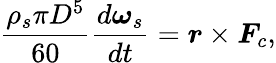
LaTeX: \frac{\rho_{s}\pi D^{5}}{60}\frac{d\boldsymbol{\omega}_{s}}{dt}=\boldsymbol{r}\times\boldsymbol{F}_{c},